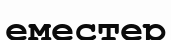
еместер